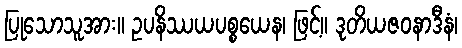
ပြုသောသူအား။ ဥပနိဿယပစ္စယေန၊ ဖြင့်။ ဒုတိယဇဝနာဒီနံ၊